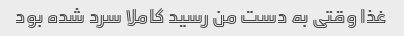
غذا وقتی به دست من رسید کاملا سرد شده بود